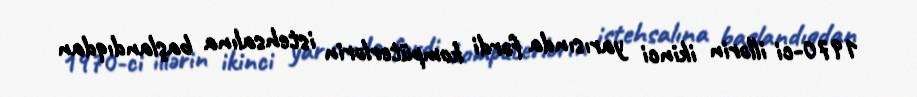
1970-ci illərin ikinci yarısında fərdi kompüterlərin istehsalına başlandıqdan